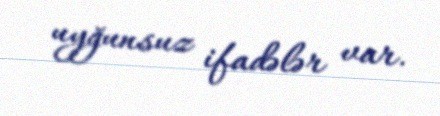
uyğunsuz ifadələr var.